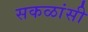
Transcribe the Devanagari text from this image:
सकळांसी